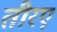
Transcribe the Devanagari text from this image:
तीरए